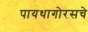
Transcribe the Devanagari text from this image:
पायथागोरसचे